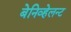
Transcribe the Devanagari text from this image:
बेनिव्हेलन्ट